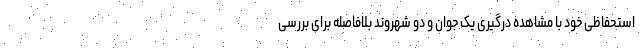
استحفاظی خود با مشاهده درگیری یک جوان و دو شهروند بلافاصله برای بررسی